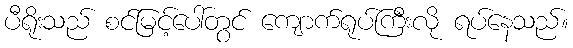
ပီရိုးသည် စင်မြင့်ပေါ်တွင် ကျောက်ရုပ်ကြီးလို ရပ်နေသည်။